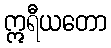
ဣရီယတော